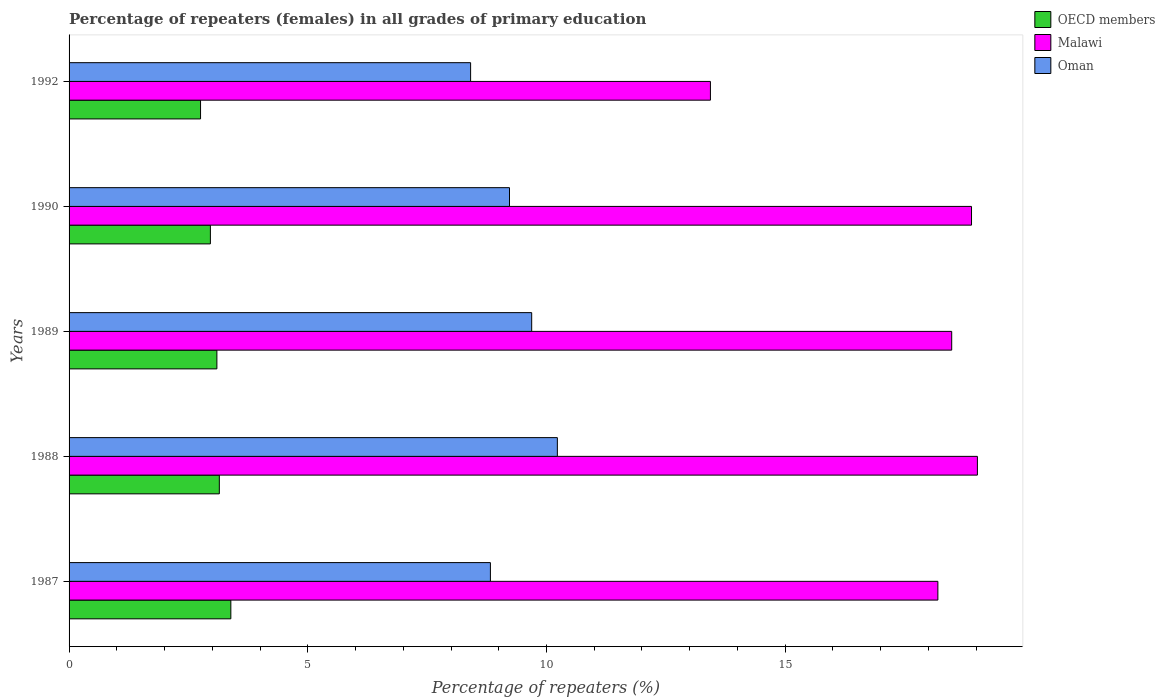
| Years | OECD members | Malawi | Oman |
 | --- | --- | --- | --- |
 | 1987 | 3.39 | 18.2 | 8.83 |
 | 1988 | 3.15 | 19 | 10.2 |
 | 1989 | 3.1 | 18.5 | 9.69 |
 | 1990 | 2.96 | 18.9 | 9.23 |
 | 1992 | 2.75 | 13.4 | 8.41 |